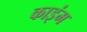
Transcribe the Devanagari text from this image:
काइंम